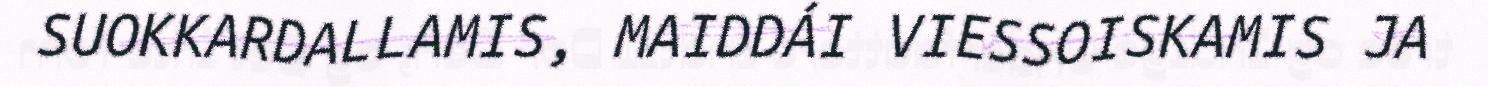
SUOKKARDALLAMIS, MAIDDÁI VIESSOISKAMIS JA